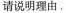
请说明理由，